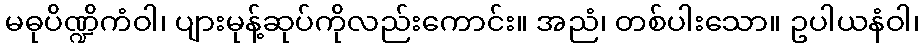
မဓုပိဏ္ဍိကံဝါ၊ ပျားမုန့်ဆုပ်ကိုလည်းကောင်း။ အညံ၊ တစ်ပါးသော။ ဥပါယနံဝါ၊